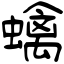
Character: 蠄